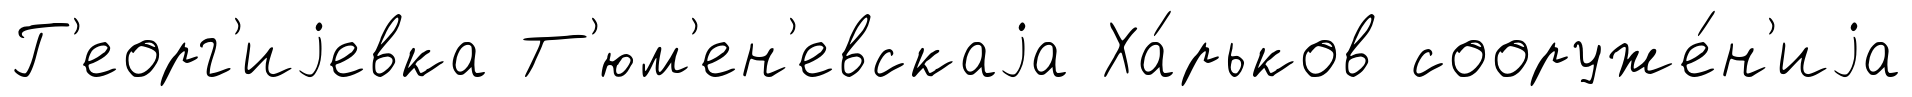
Г'еорг'иjевка Т'юм'ен'евскаjа Ха́рьков сооруже́н'иjа